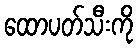
ထောပတ်သီးကို